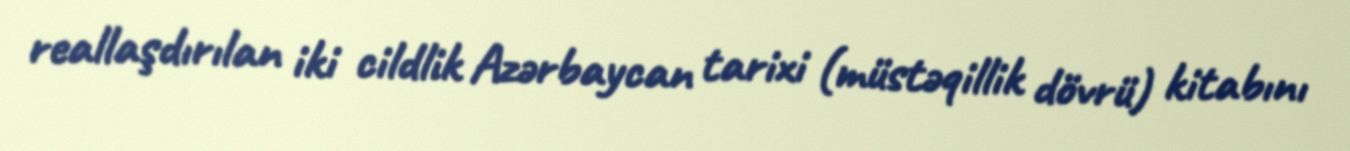
reallaşdırılan iki cildlik Azərbaycan tarixi (müstəqillik dövrü) kitabını